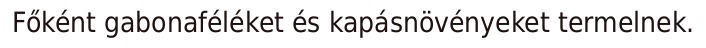
Főként gabonaféléket és kapásnövényeket termelnek.